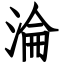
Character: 淪